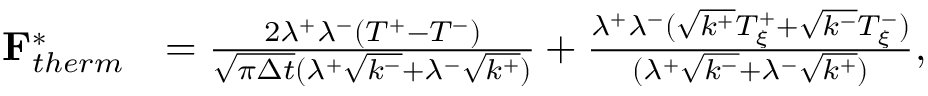
\begin{array} { r l } { \mathbf { F } _ { t h e r m } ^ { * } } & { = \frac { 2 \lambda ^ { + } \lambda ^ { - } ( T ^ { + } - T ^ { - } ) } { \sqrt { \pi \Delta t } ( \lambda ^ { + } \sqrt { k ^ { - } } + \lambda ^ { - } \sqrt { k ^ { + } } ) } + \frac { \lambda ^ { + } \lambda ^ { - } ( \sqrt { k ^ { + } } T _ { \xi } ^ { + } + \sqrt { k ^ { - } } T _ { \xi } ^ { - } ) } { ( \lambda ^ { + } \sqrt { k ^ { - } } + \lambda ^ { - } \sqrt { k ^ { + } } ) } , } \end{array}